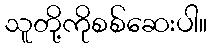
သူတို့ကိုစစ်ဆေးပါ။